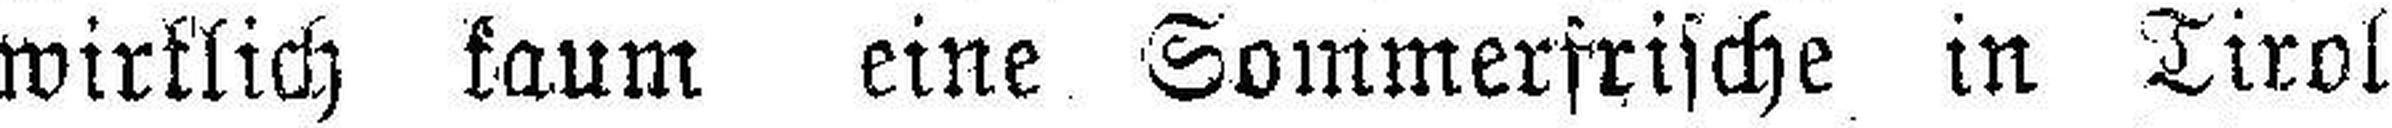
wirklich kaum eine Sommerfrische in Tirol